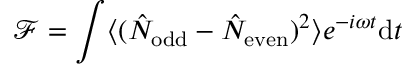
\mathcal { F } = \int \langle ( \hat { N } _ { \mathrm { o d d } } - \hat { N } _ { \mathrm { e v e n } } ) ^ { 2 } \rangle e ^ { - i \omega t } \mathrm { d } t